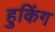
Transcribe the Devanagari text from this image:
हुकिंग